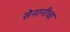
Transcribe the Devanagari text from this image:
सेनानीचा